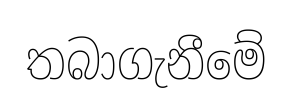
තබාගැනීමේ